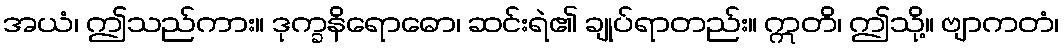
အယံ၊ ဤသည်ကား။ ဒုက္ခနိရောဓော၊ ဆင်းရဲ၏ ချုပ်ရာတည်း။ ဣတိ၊ ဤသို့။ ဗျာကတံ၊